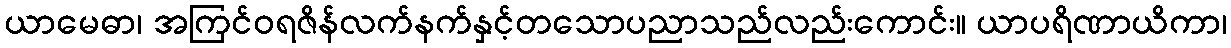
ယာမေဓာ၊ အကြင်ဝရဇိန်လက်နက်နှင့်တသောပညာသည်လည်းကောင်း။ ယာပရိဏာယိကာ၊